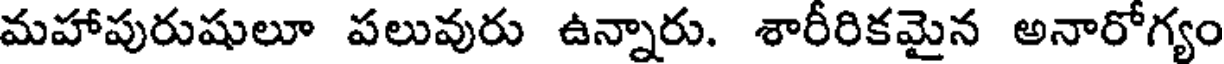
మహాపురుషులూ పలువురు ఉన్నారు. శారీరికమైన అనారోగ్యం